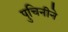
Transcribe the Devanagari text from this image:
पुचिनीने